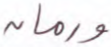
ورمان